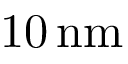
1 0 \, \mathrm { n m }